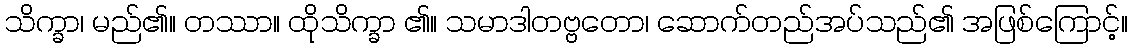
သိက္ခာ၊ မည်၏။ တဿာ။ ထိုသိက္ခာ ၏။ သမာဒါတဗ္ဗတော၊ ဆောက်တည်အပ်သည်၏ အဖြစ်ကြောင့်။